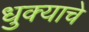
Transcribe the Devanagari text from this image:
धुक्याचे